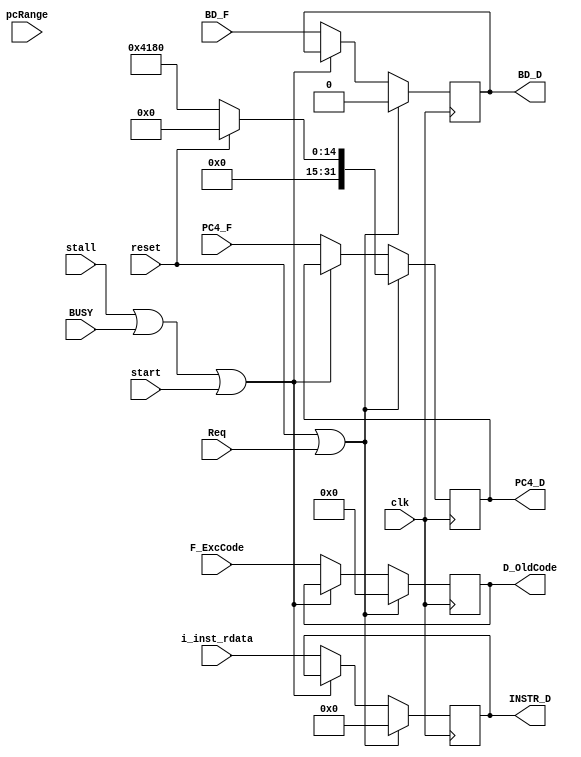
`timescale 1ns / 1ps
//////////////////////////////////////////////////////////////////////////////////
// Company: 
// Engineer: 
// 
// Design Name: 
// Module Name:    D_register 
// Project Name: 
// Target Devices: 
// Tool versions: 
// Description: 
//
// Dependencies: 
//
// Revision: 
// Revision 0.01 - File Created
// Additional Comments: 
//
//////////////////////////////////////////////////////////////////////////////////
module D_Aregister(
    input clk,
	 input reset,
	 input stall,
	 input BUSY,
	 input start,
    input [31:0] i_inst_rdata,
    input [31:0] PC4_F,
    output [31:0] INSTR_D,
    output [31:0] PC4_D,
	 input [3:0] F_ExcCode,
	 output [3:0] D_OldCode,
	 input Req,
	 input BD_F,
	 output BD_D,
	 input pcRange
    );


reg [31:0] INSTR;
reg [31:0] PC4;
reg [3:0] code;
reg BD;
wire EN_D;
assign EN_D = !(stall | BUSY | start);

wire [31:0] INSTR_F;
assign INSTR_F = i_inst_rdata;

always @(posedge clk) begin
	if(reset | Req ) begin
		INSTR <= 0;
		PC4 <= (reset == 1) ? 0 : 32'h0000_4180;
		code <= 0;
		BD <= 0;
	end
	else begin
		if(EN_D)begin
			INSTR <= INSTR_F;
			PC4 <= PC4_F;
			code <= F_ExcCode;
			BD <= BD_F;
		end
	end
end

assign INSTR_D = INSTR;
assign PC4_D = PC4;
assign D_OldCode = code;
assign BD_D = BD;

endmodule